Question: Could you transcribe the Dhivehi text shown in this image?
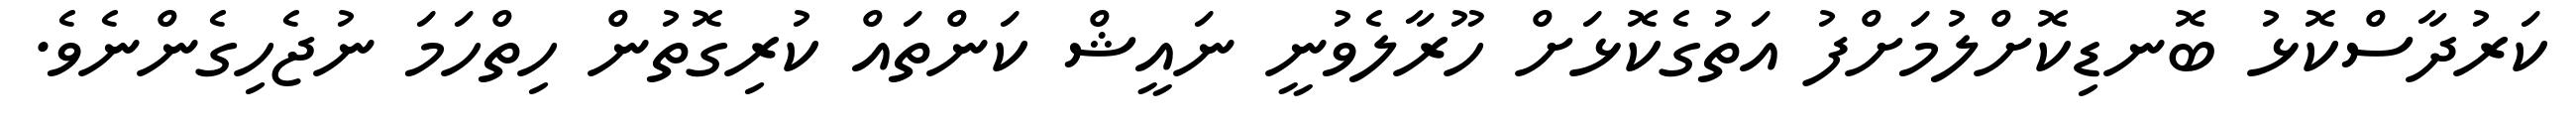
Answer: ކަރުދާސްކޮޅު ބޮނޑިކޮށްލުމަށްފު އަތުގެކޮޅަށް ހޫރާލެވުނީ ނައީޝް ކަންތައް ކުރިގޮތުން ހިތްހަމަ ނުޖެހިގެންނެވެ.